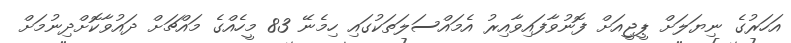
އަހަރުގެ ނިޔަލަށް ޕީޖީއަށް ފޮނުވާފައިވާއިރު އެމައްސަލަތަކުގައި ހިމެނޭ 83 މީހެއްގެ މައްޗަށް ދައުވާކޮށްދިނުމަށް